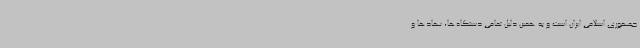
جمهوری اسلامی ایران است و به همین دلیل تمامی دستگاه‌ها، نهادها و